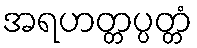
အရဟတ္တပ္ပတ္တံ